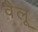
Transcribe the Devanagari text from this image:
वैलू